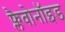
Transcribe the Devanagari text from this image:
फ्लैवोनॉइड